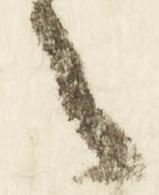
令